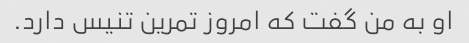
او به من گفت که امروز تمرین تنیس دارد.